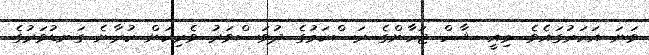
ވަނަ އަހަރުގައެވެ. މިއީ ޝާހް ޖަހާންގެ ރަސްކަމުގެ ދުވަސްވަރު ވެރިކަން ކުރާނެ ގަނޑުވަރުގެ